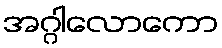
အဂ္ဂါလောကော